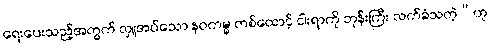
ရေးပေးသည့်အတွက် လှူအပ်သော နဝကမ္မ တစ်ထောင့် ငါးရာကို ဘုန်းကြီး လက်ခံသတဲ့”ဟု